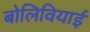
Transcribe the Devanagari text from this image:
बोलिवियाई